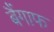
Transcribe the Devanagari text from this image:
बैंगाफ